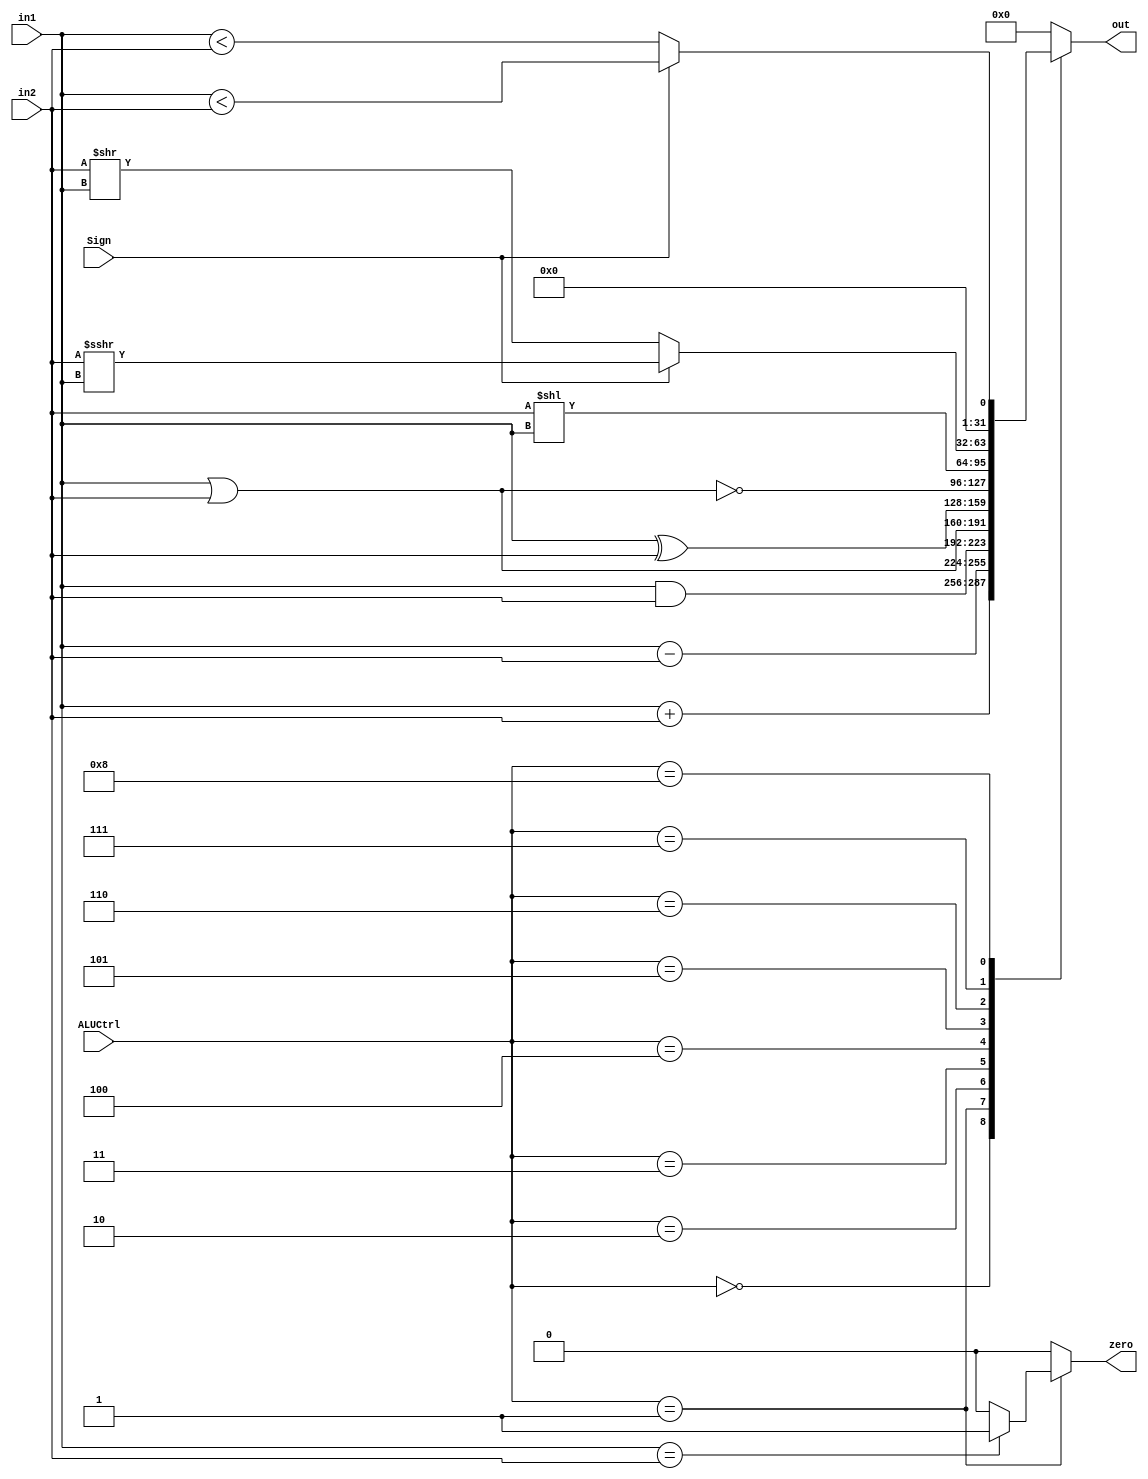
module ALU(
    input [4:0] ALUCtrl,
    input Sign,
    input [31:0] in1,
    input [31:0] in2,
    output reg [31:0] out,
    output reg zero
);

    parameter ADD = 5'd0;
    parameter SUB = 5'd1;
    parameter AND = 5'd2;
    parameter OR = 5'd3;
    parameter XOR = 5'd4;
    parameter NOR = 5'd5;
    parameter SL = 5'd6;
    parameter SR = 5'd7;
    parameter COMP = 5'd8;
    parameter DC = 5'd9;   // Don't care

    initial begin
        out <= 32'b0;
        zero <= 1'b0;
    end

    always@* 
    begin
        case(ALUCtrl)
            ADD: begin
                out <= in1 + in2;
                zero <= 1'b0;
            end
            SUB: begin
                out <= in1 - in2;
                if(in1 == in2) zero <= 1'b1;
                else zero <= 1'b0;
            end
            AND: begin
                out <= in1 & in2;
                zero <= 1'b0;
            end
            OR: begin
                out <= in1 | in2;
                zero <= 1'b0;
            end
            XOR: begin
                out <= in1 ^ in2;
                zero <= 1'b0;
            end
            NOR: begin
                out <= ~(in1 | in2);
                zero <= 1'b0;
            end
            SL: begin
                out <= in2 << in1;
                zero <= 1'b0;
            end
            SR: begin
                if(Sign) out <= $signed(in2) >>> $signed(in1);
                else out <= in2 >> in1;
                zero <= 1'b0;
            end
            COMP: begin
                if(Sign) out <= $signed(in1) < $signed(in2) ;
                else out <= in1 < in2;
                zero <= 1'b0;
            end
            default: begin
                out <= 32'b0;
                zero <= 1'b0;
            end
        endcase
    end

endmodule